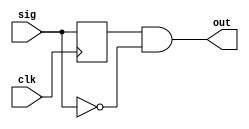
`timescale 1ns / 1ps

module Edge_Detector(
input clk, sig,
output   out
    );
    reg sig_reg;
    always@(posedge clk)
    begin
    sig_reg <= sig; //next state = prev state
    end
    //we'll equalize them and then and them. if they give 1 we take it as out signal
    assign out = sig_reg & ~sig; 
endmodule